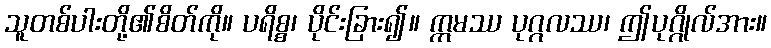
သူတစ်ပါးတို့၏စိတ်ကို။ ပရိစ္စ၊ ပိုင်းခြား၍။ ဣမဿ ပုဂ္ဂလဿ၊ ဤပုဂ္ဂိုလ်အား။